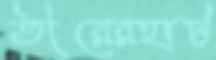
তীরেরহাট